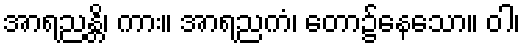
အာရညန္တိ၊ ကား။ အာရညကံ၊ တော၌နေသော။ ဝါ၊